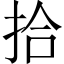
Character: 拾